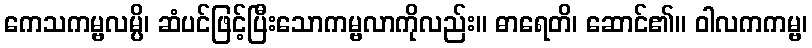
ကေသကမ္ဗလမ္ပိ၊ ဆံပင်ဖြင့်ပြီးသောကမ္ဗလာကိုလည်း။ ဓာရေတိ၊ ဆောင်၏။ ဝါလကကမ္ဗ၊